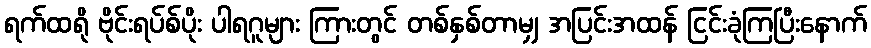
ရက်ထရို ဗိုင်းရပ်စ်ပိုး ပါရဂူများ ကြားတွင် တစ်နှစ်တာမျှ အပြင်းအထန် ငြင်းခုံကြပြီးနောက်